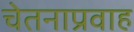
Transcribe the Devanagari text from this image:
चेतनाप्रवाह